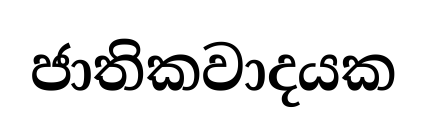
ජාතිකවාදයක